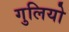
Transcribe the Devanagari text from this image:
गुलियो